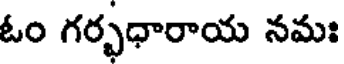
ఓం గర్భధారాయ నమః